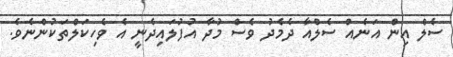
ސެލް އިން އަނެއް ސެލްއާ ދެމެދު ވެސް މުދާ އުފުލައިދެނީ އެ ވެހިކަލްތަކުންނެވެ.